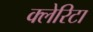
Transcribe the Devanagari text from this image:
क्लेरिटा